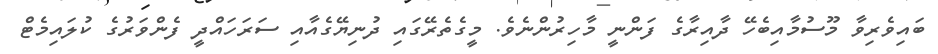
ބައިވެރިވާ މޫސުމާއިބެހޭ ދާއިރާގެ ފަންނީ މާހިރުންނެވެ. މީގެތެރޭގައި ދުނިޔޭގެއާއި ސަރަހައްދީ ފެންވަރުގެ ކުލައިމެޓް